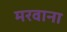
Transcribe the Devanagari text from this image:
मरवाना